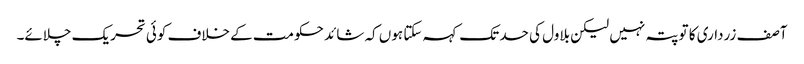
آصف زرداری کا تو پتہ نہیں لیکن بلاول کی حد تک کہہ سکتا ہوں کہ شائد حکومت کے خلاف کوئی تحریک چلائے۔